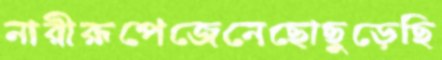
নারীরূপেজেনেছোছুড়েছি